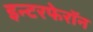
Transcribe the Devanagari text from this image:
इन्टरफेरॉन